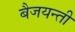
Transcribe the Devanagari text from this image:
बैजयन्‍ती